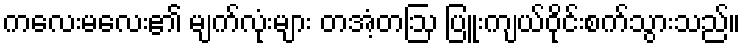
ကလေးမလေး၏ မျက်လုံးများ တအံ့တဩ ပြူးကျယ်ဝိုင်းစက်သွားသည်။